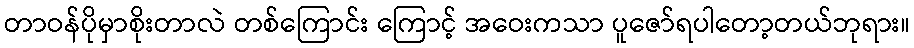
တာဝန်ပိုမှာစိုးတာလဲ တစ်ကြောင်း ကြောင့် အဝေးကသာ ပူဇော်ရပါတော့တယ်ဘုရား။